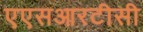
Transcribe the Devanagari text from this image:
एएसआरटीसी